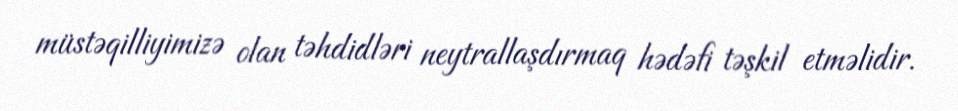
müstəqilliyimizə olan təhdidləri neytrallaşdırmaq hədəfi təşkil etməlidir.